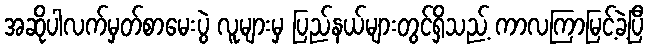
အဆိုပါလက်မှတ်စာမေးပွဲ လူများမှ ပြည်နယ်များတွင်ရှိသည့် ကာလကြာမြင့်ခဲ့ပြီ